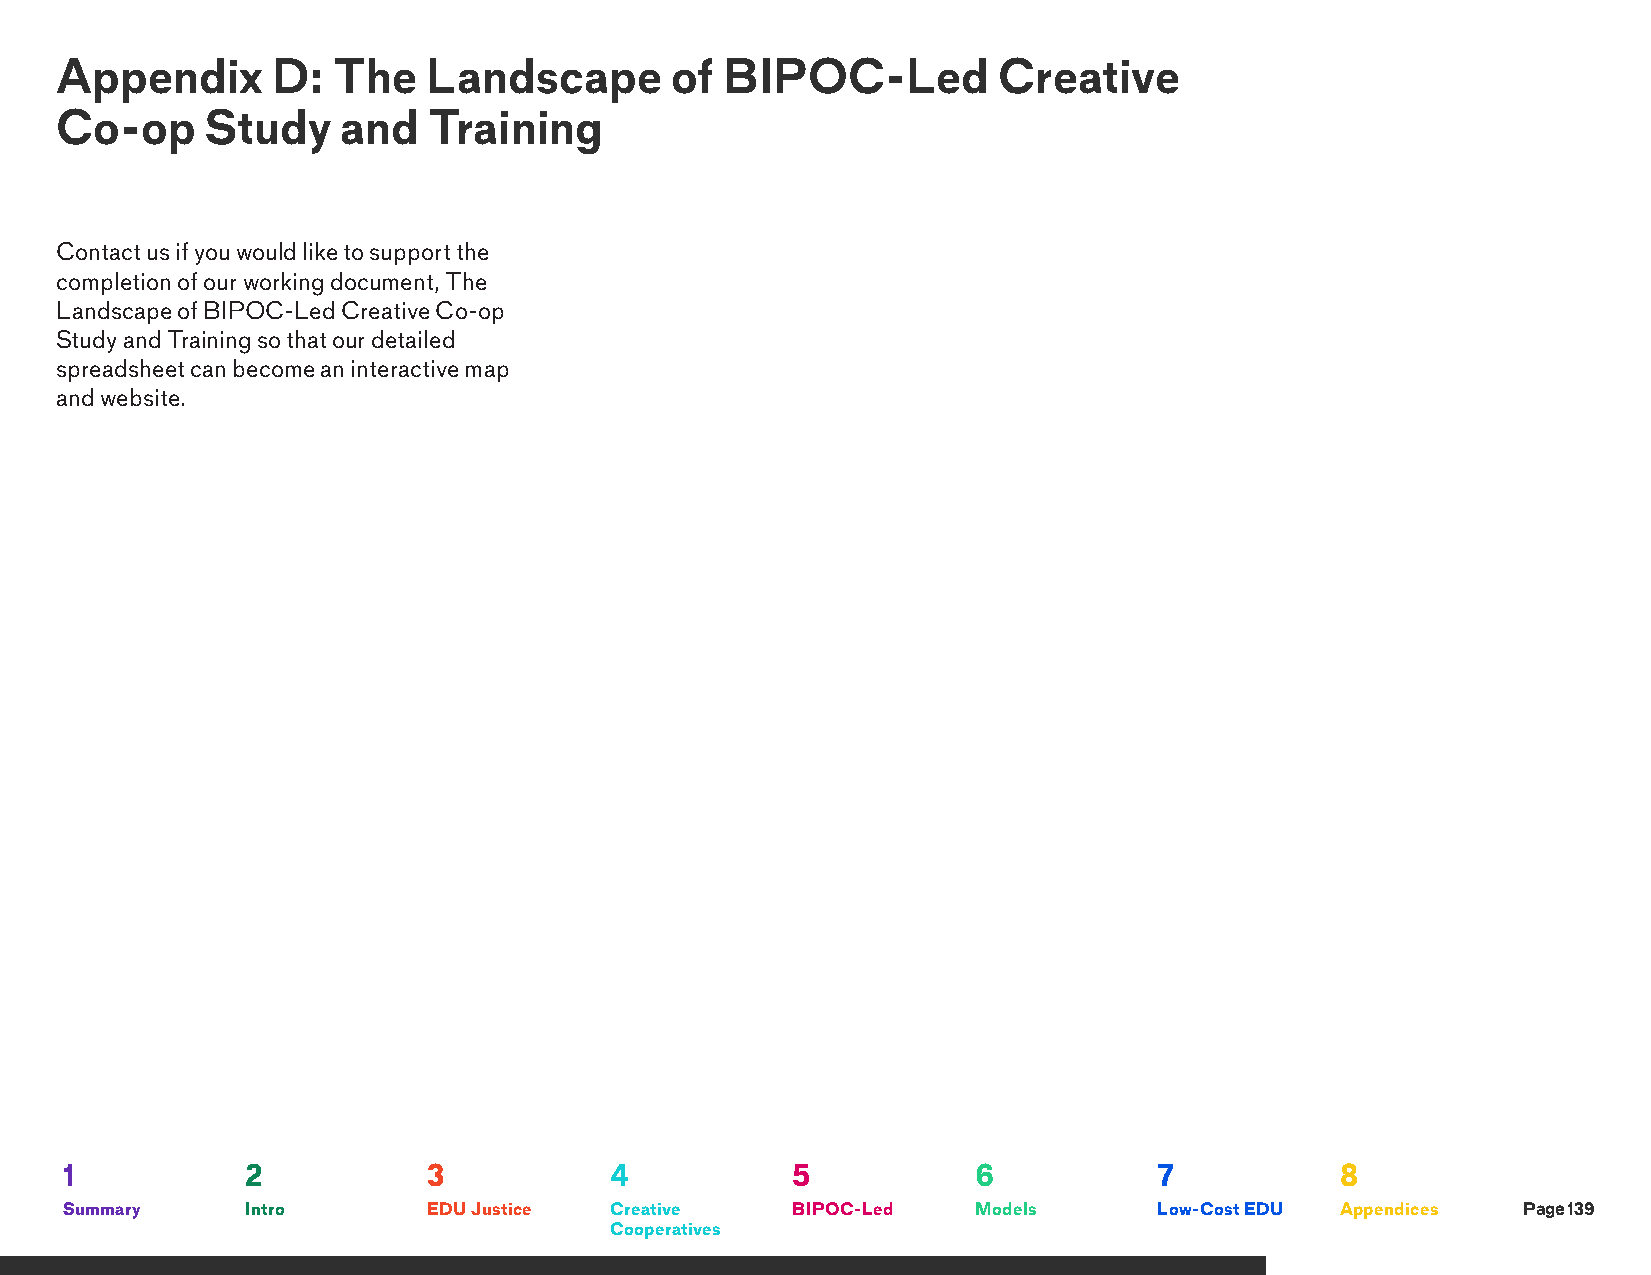
Appendix      D:  The   Landscape       of  BIPOC-Led         Creative
 Co-op     Study    and  Training
 Contact us if you would like to support the
 completion of our working document, The
 Landscape of BIPOC-Led Creative Co-op
 Study and Training so that our detailed
 spreadsheet can become an interactive map
 and website.
 1           2           3           4           5            6           7           8
 Summary     Intro       EDU Justice Creative    BIPOC-Led    Models      Low-Cost EDU Appendices Page 139
 Cooperatives